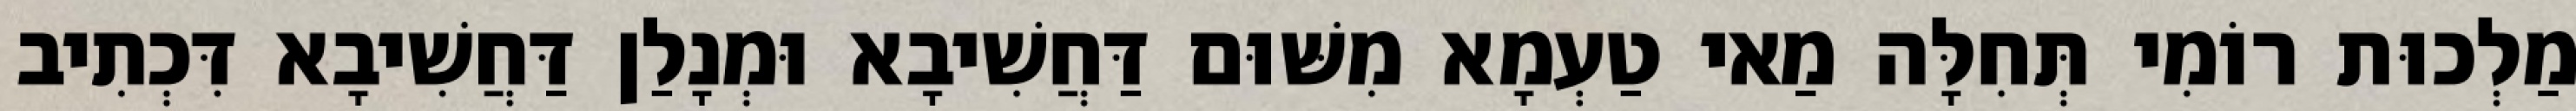
מַלְכוּת רוֹמִי תְּחִלָּה מַאי טַעְמָא מִשּׁוּם דַּחֲשִׁיבָא וּמְנָלַן דַּחֲשִׁיבָא דִּכְתִיב